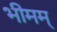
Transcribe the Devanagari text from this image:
भीमम्